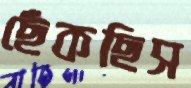
ছেঁকছিস